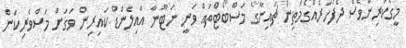
މީގެކުރިންވެސް ދެފަހަރެއްގެމަތިން ޗައިނާގެ މަސްބޯޓްތައް ވަނީ ނަޓޫނާ އައިލެންޑް ކައިރިން ވަގަށް މަސްވެރިކަން